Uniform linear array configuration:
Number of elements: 12
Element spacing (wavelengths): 0.75
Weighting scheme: cosine
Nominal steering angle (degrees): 0
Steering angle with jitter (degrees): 1.907
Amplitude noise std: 0.05
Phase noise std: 0.05

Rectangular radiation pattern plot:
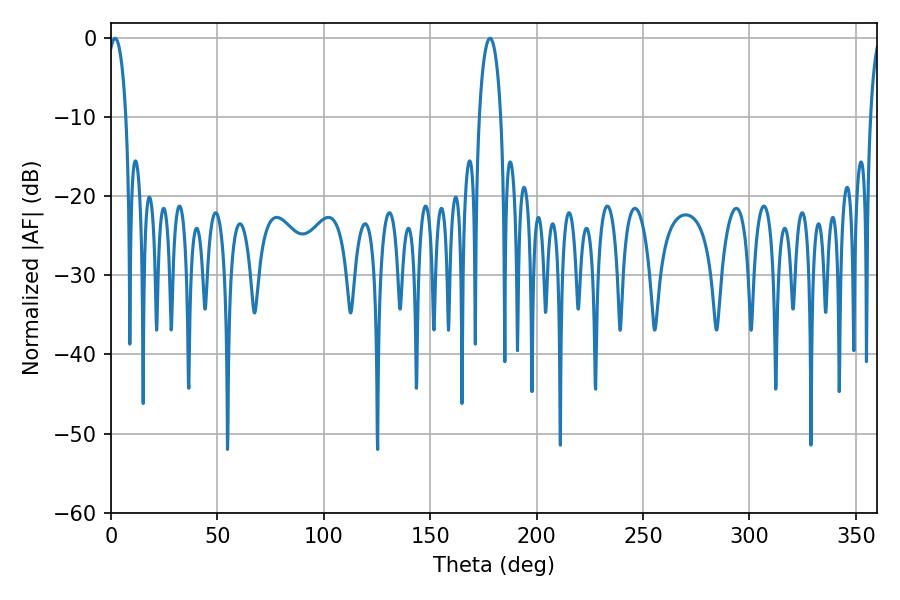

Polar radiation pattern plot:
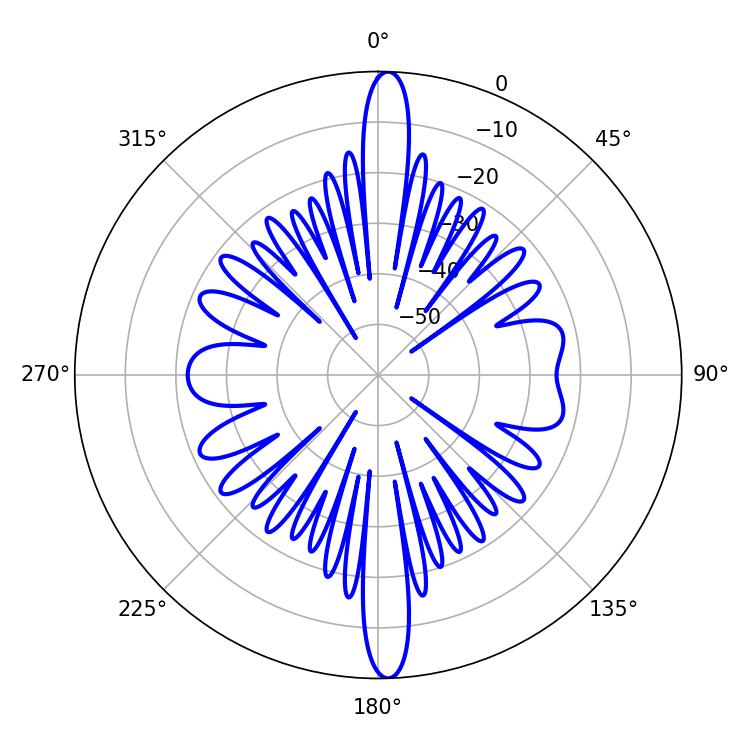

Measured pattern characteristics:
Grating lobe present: TRUE
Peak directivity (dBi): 24.484
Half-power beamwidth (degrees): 5.76
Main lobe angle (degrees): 178.02